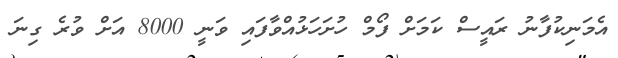
އެމަނިކުފާނު ރައީސް ކަމަށް ފޯމް ހުށަހަޅުއްވާފައި ވަނީ 8000 އަށް ވުރެ ގިނަ